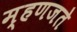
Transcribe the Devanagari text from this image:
म्हणजते